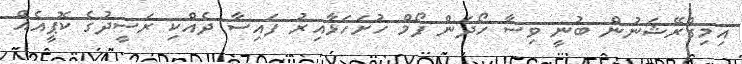
އިމިގްރޭޝަނުން ބުނީ ވިސާ ހޯދަން ފޯމް ހުށަހަޅާއިރު ފައިސާ ދެއްކި ރަސީދުގެ ކޮޕީއެއް